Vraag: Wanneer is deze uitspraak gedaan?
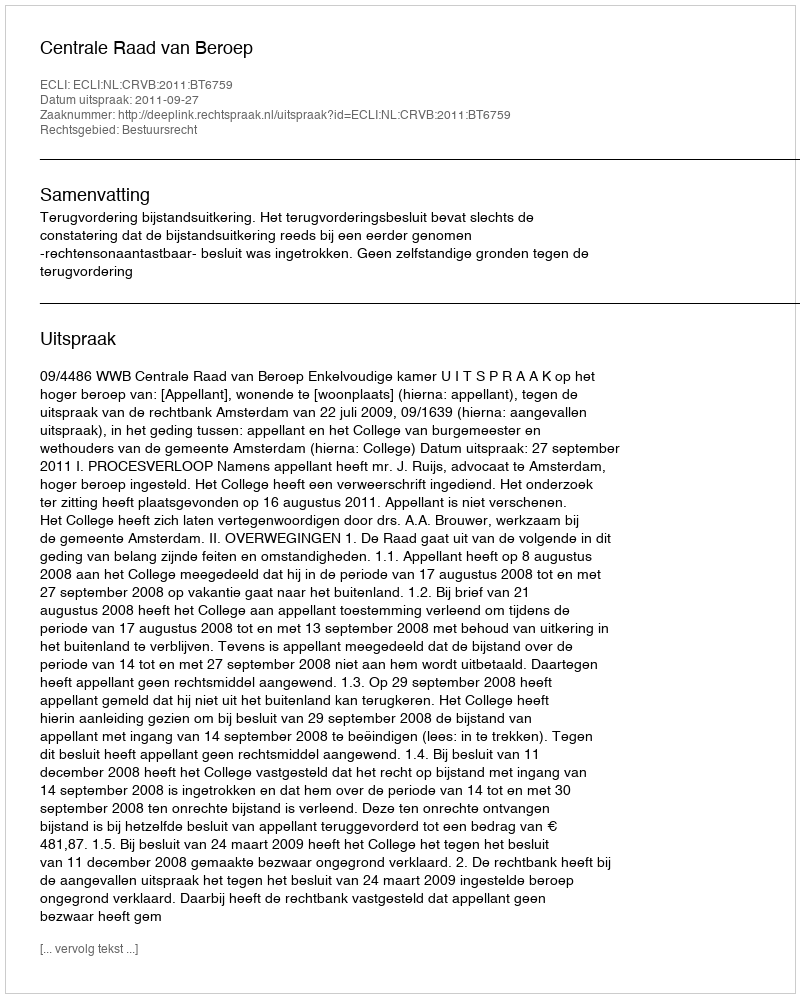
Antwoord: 2011-09-27